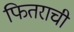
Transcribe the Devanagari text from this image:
फितराची